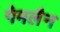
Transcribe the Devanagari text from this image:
गेमलैन